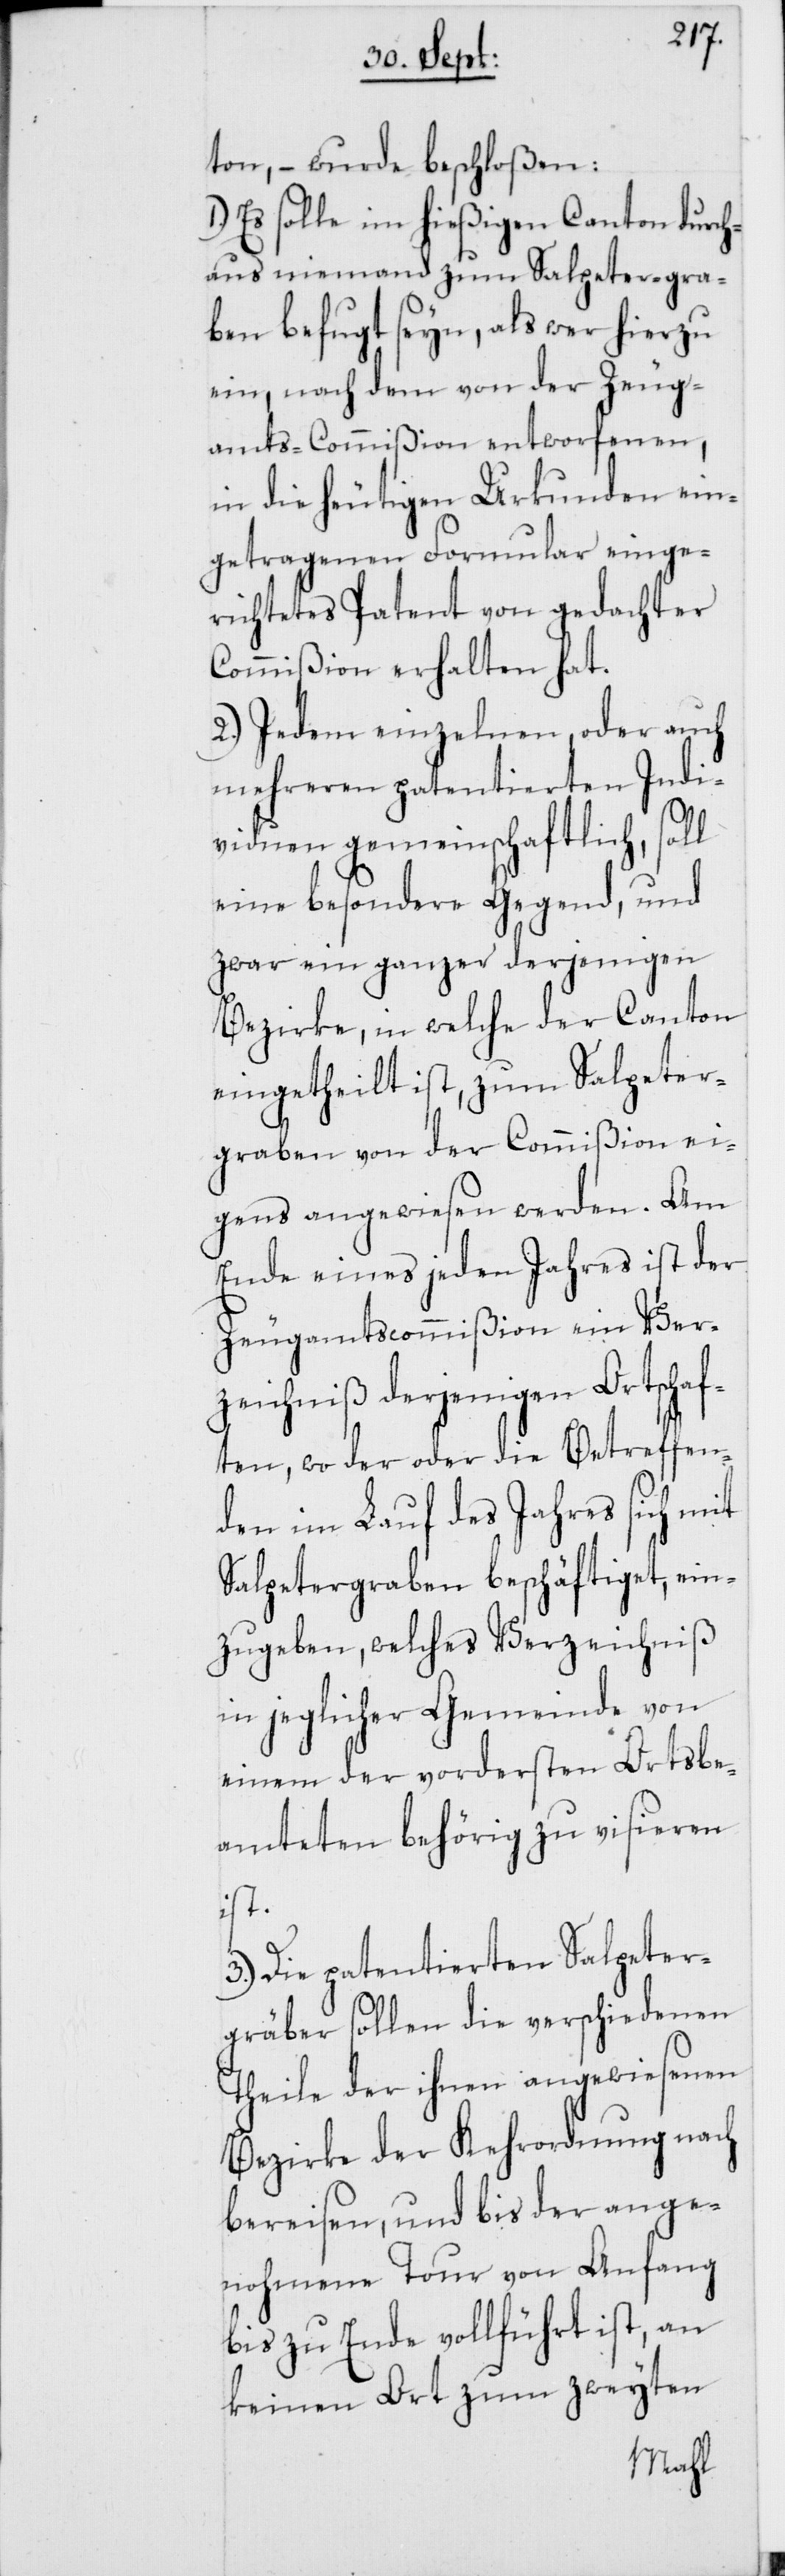
ton, – wurde beschloßen:
Es solle im hießigen Canton durch¬
aus niemand zum Salpeter-gra¬
ben befugt seyn, als wer hierzu
ein, nach dem von der Zeug¬
amts-Commißion entworfenen,
in die heutigen Urkunden ein¬
getragenen Formular einge¬
richtetes Patent von gedachter
Commißion erhalten hat.
2.) Jedem einzelnen, oder auch
mehreren patentierten Indi¬
viduen gemeinschaftlich, soll
eine besondere Gegend, und
zwar ein ganzer derjenigen
Bezirke, in welche der Canton
eingetheilt ist, zum Salpeter¬
graben von der Commißion ei¬
gens angewiesen werden. Am
Ende eines jeden Jahres ist der
Zeugamtscommißion ein Ver¬
zeichniß derjenigen Ortschaf¬
ten, wo der oder die Betreffen¬
den im Lauf des Jahres sich mit
Salpetergraben beschäftiget, ein¬
zugeben, welches Verzeichniß
in jeglicher Gemeinde von
einem der vordersten Ortsbe¬
amteten behörig zu visieren
ist.
3.) Die patentierten Salpeter¬
gräber sollen die verschiedenen
Theile der ihnen angewiesenen
Bezirke der Kehrordnung nach
bereisen, und bis der ange¬
nohmene Tour von Anfang
bis zu Ende vollführt ist, an
keinen Ort zum zweyten